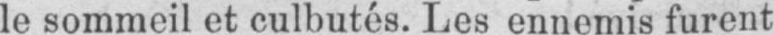
le sommeil et culbutés. Les ennemis furent